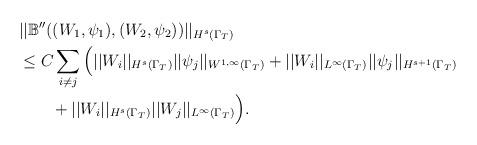
LaTeX: \begin{align*}&||\mathbb{B}''((W_1,\psi_1),(W_2,\psi_2))||_{H^s(\Gamma_T)}\\&\leq C\sum_{i\neq j}\Big(||W_i||_{H^s(\Gamma_T)}||\psi_j||_{W^{1,\infty}(\Gamma_T)} +||W_i||_{L^{\infty}(\Gamma_T)}||\psi_j||_{H^{s+1}(\Gamma_T)}\\&\quad\quad+ ||W_i||_{H^s(\Gamma_T)}||W_j||_{L^{\infty}(\Gamma_T)}\Big).\end{align*}